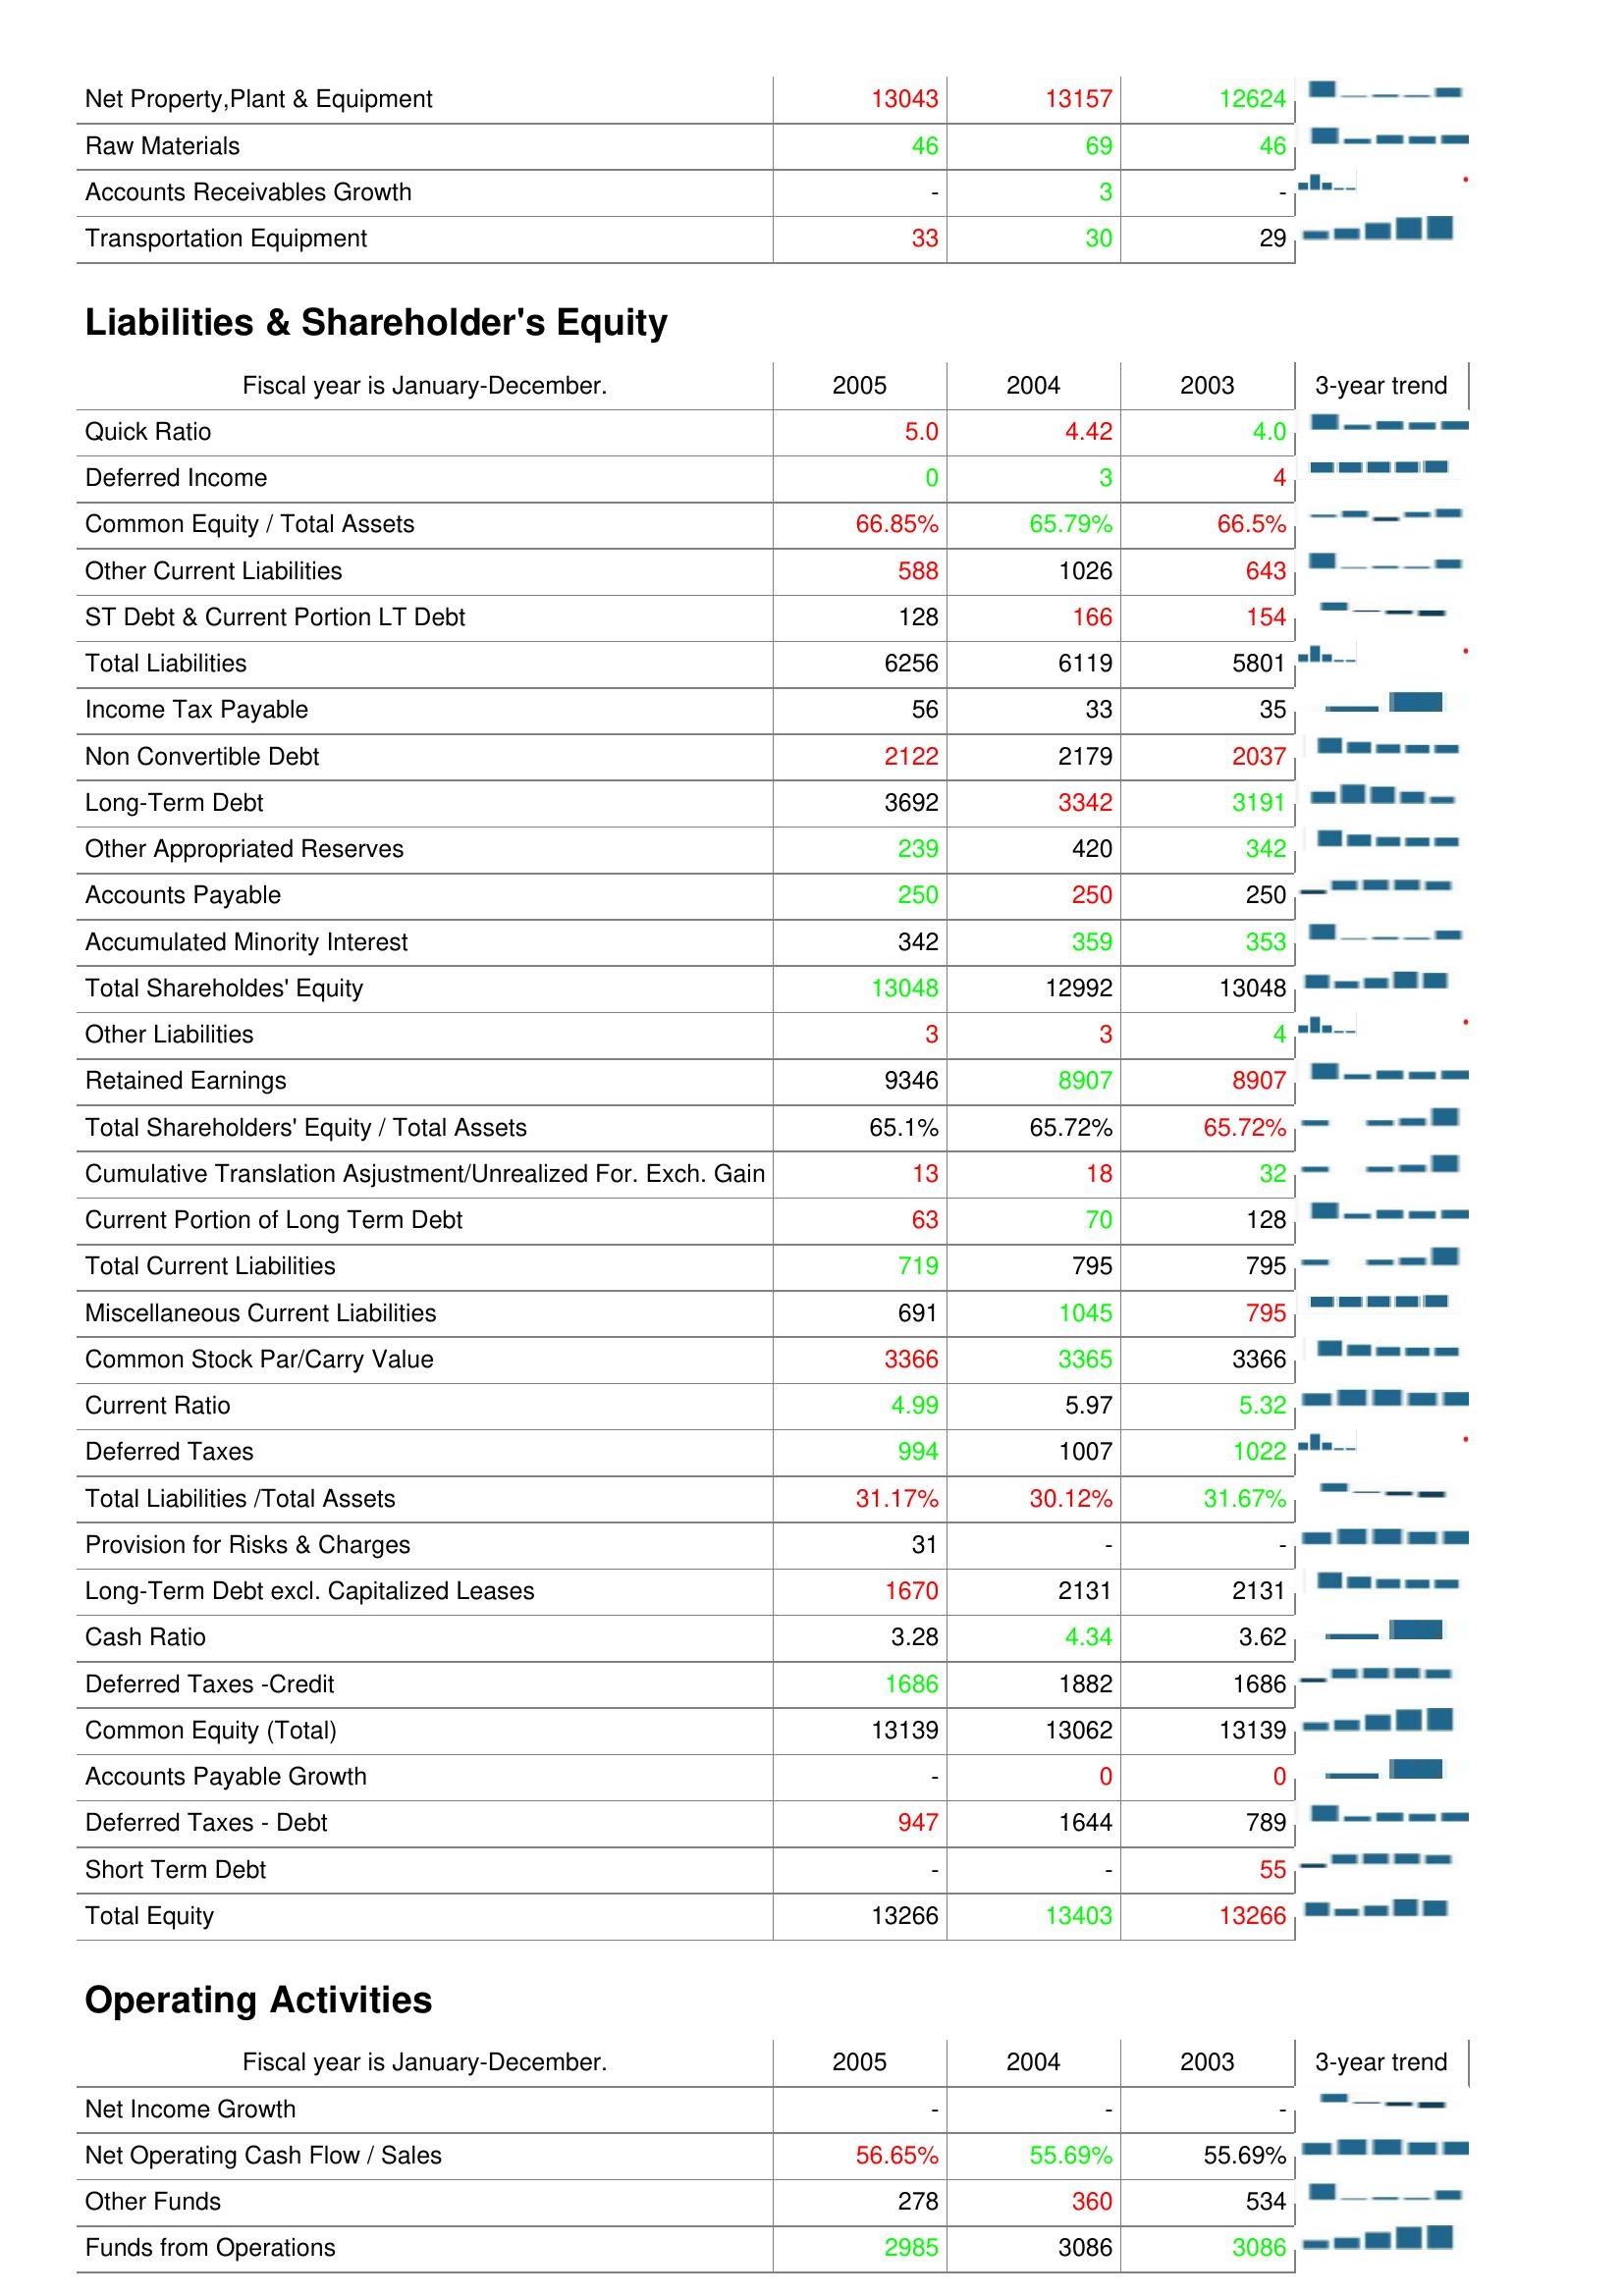
2005: Assets: Net Property,Plant & Equipment: 13043
Raw Materials: 46
Accounts Receivables Growth: -
Transportation Equipment: 33
Liabilities & Shareholder's Equity: Quick Ratio: 5.0
Deferred Income: 0
Common Equity / Total Assets: 66.85%
Other Current Liabilities: 588
ST Debt & Current Portion LT Debt: 128
Total Liabilities: 6256
Income Tax Payable: 56
Non Convertible Debt: 2122
Long-Term Debt: 3692
Other Appropriated Reserves: 239
Accounts Payable: 250
Accumulated Minority Interest: 342
Total Shareholdes' Equity: 13048
Other Liabilities: 3
Retained Earnings: 9346
Total Shareholders' Equity / Total Assets: 65.1%
Cumulative Translation Asjustment/Unrealized For. Exch. Gain: 13
Current Portion of Long Term Debt: 63
Total Current Liabilities: 719
Miscellaneous Current Liabilities: 691
Common Stock Par/Carry Value: 3366
Current Ratio: 4.99
Deferred Taxes: 994
Total Liabilities /Total Assets: 31.17%
Provision for Risks & Charges: 31
Long-Term Debt excl. Capitalized Leases: 1670
Cash Ratio: 3.28
Deferred Taxes -Credit: 1686
Common Equity (Total): 13139
Accounts Payable Growth: -
Deferred Taxes - Debt: 947
Short Term Debt: -
Total Equity: 13266
Operating Activities: Net Income Growth: -
Net Operating Cash Flow / Sales: 56.65%
Other Funds: 278
Funds from Operations: 2985
2004: Assets: Net Property,Plant & Equipment: 13157
Raw Materials: 69
Accounts Receivables Growth: 3
Transportation Equipment: 30
Liabilities & Shareholder's Equity: Quick Ratio: 4.42
Deferred Income: 3
Common Equity / Total Assets: 65.79%
Other Current Liabilities: 1026
ST Debt & Current Portion LT Debt: 166
Total Liabilities: 6119
Income Tax Payable: 33
Non Convertible Debt: 2179
Long-Term Debt: 3342
Other Appropriated Reserves: 420
Accounts Payable: 250
Accumulated Minority Interest: 359
Total Shareholdes' Equity: 12992
Other Liabilities: 3
Retained Earnings: 8907
Total Shareholders' Equity / Total Assets: 65.72%
Cumulative Translation Asjustment/Unrealized For. Exch. Gain: 18
Current Portion of Long Term Debt: 70
Total Current Liabilities: 795
Miscellaneous Current Liabilities: 1045
Common Stock Par/Carry Value: 3365
Current Ratio: 5.97
Deferred Taxes: 1007
Total Liabilities /Total Assets: 30.12%
Provision for Risks & Charges: -
Long-Term Debt excl. Capitalized Leases: 2131
Cash Ratio: 4.34
Deferred Taxes -Credit: 1882
Common Equity (Total): 13062
Accounts Payable Growth: 0
Deferred Taxes - Debt: 1644
Short Term Debt: -
Total Equity: 13403
Operating Activities: Net Income Growth: -
Net Operating Cash Flow / Sales: 55.69%
Other Funds: 360
Funds from Operations: 3086
2003: Assets: Net Property,Plant & Equipment: 12624
Raw Materials: 46
Accounts Receivables Growth: -
Transportation Equipment: 29
Liabilities & Shareholder's Equity: Quick Ratio: 4.0
Deferred Income: 4
Common Equity / Total Assets: 66.5%
Other Current Liabilities: 643
ST Debt & Current Portion LT Debt: 154
Total Liabilities: 5801
Income Tax Payable: 35
Non Convertible Debt: 2037
Long-Term Debt: 3191
Other Appropriated Reserves: 342
Accounts Payable: 250
Accumulated Minority Interest: 353
Total Shareholdes' Equity: 13048
Other Liabilities: 4
Retained Earnings: 8907
Total Shareholders' Equity / Total Assets: 65.72%
Cumulative Translation Asjustment/Unrealized For. Exch. Gain: 32
Current Portion of Long Term Debt: 128
Total Current Liabilities: 795
Miscellaneous Current Liabilities: 795
Common Stock Par/Carry Value: 3366
Current Ratio: 5.32
Deferred Taxes: 1022
Total Liabilities /Total Assets: 31.67%
Provision for Risks & Charges: -
Long-Term Debt excl. Capitalized Leases: 2131
Cash Ratio: 3.62
Deferred Taxes -Credit: 1686
Common Equity (Total): 13139
Accounts Payable Growth: 0
Deferred Taxes - Debt: 789
Short Term Debt: 55
Total Equity: 13266
Operating Activities: Net Income Growth: -
Net Operating Cash Flow / Sales: 55.69%
Other Funds: 534
Funds from Operations: 3086